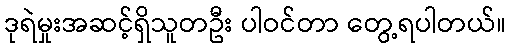
ဒုရဲမှုးအဆင့်ရှိသူတဦး ပါဝင်တာ တွေ့ရပါတယ်။